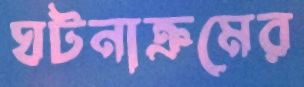
ঘটনাক্রমের